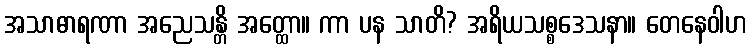
အသာဓာရဏာ အညေသန္တိ အတ္ထော။ ကာ ပန သာတိ? အရိယသစ္စဒေသနာ။ တေနေဝါဟ